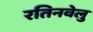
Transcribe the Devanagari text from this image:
रतिनवेलु